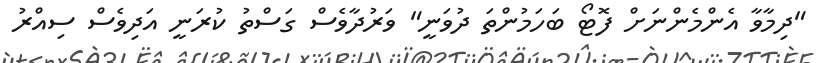
"ދިމާވާ އެންމެންނަށް ފޮޓޯ ބަހަމުންތަ ދުވަނީ" ވަރުދާވެސް ގަސްތު ކުރަނީ އަދިވެސް ސިއްރު